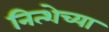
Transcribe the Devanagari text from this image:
नित्शेच्या